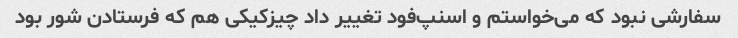
سفارشی نبود که می‌خواستم و اسنپ‌فود تغییر داد چیزکیکی هم که فرستادن شور بود